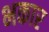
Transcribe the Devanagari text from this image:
भकार